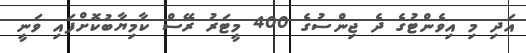
އަދި މި އިވެންޓުގެ ދެ ޖިންސުގެ 400 މީޓަރު ރޭސް ކާމިޔާބުކޮށްފައި ވަނީ